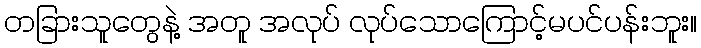
တခြားသူတွေနဲ့ အတူ အလုပ် လုပ်သောကြောင့်မပင်ပန်းဘူး။